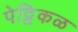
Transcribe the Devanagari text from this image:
पेट्टिकळ